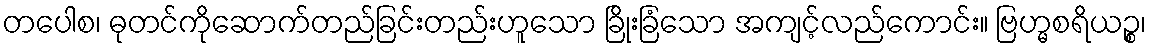
တပေါစ၊ ဓုတင်ကိုဆောက်တည်ခြင်းတည်းဟူသော ခြိုးခြံသော အကျင့်လည်ကောင်း။ ဗြဟ္မစရိယဉ္စ၊